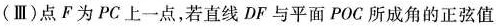
(Ⅲ)点F为PC上一点，若直线DF与平面POC所成角的正弦值